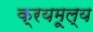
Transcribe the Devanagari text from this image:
क्रयमूल्य